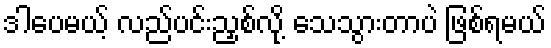
ဒါပေမယ့် လည်ပင်းညှစ်လို့ သေသွားတာပဲ ဖြစ်ရမယ်